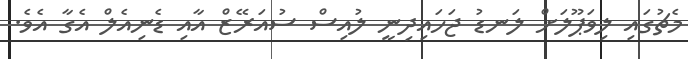
މެޗުގައި ލިވަޕޫލަށް ލަނޑު ޖަހައިދިނީ ލުއިސް ސުއަރޭޒް އާއި ޑެނިއެލް އެގާ އެވެ.